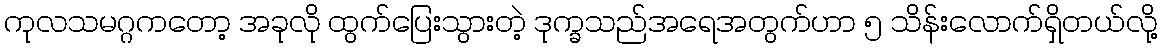
ကုလသမဂ္ဂကတော့ အခုလို ထွက်ပြေးသွားတဲ့ ဒုက္ခသည်အရေအတွက်ဟာ ၅ သိန်းလောက်ရှိတယ်လို့